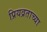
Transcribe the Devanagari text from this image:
प्रियव्रताच्या